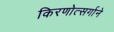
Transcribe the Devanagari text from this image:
किरणोत्सर्गाने